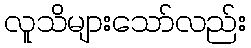
လူသိများသော်လည်း